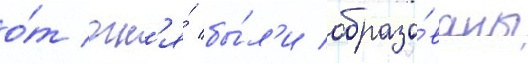
о́т огн'я́ бы́л'и образо́ваны